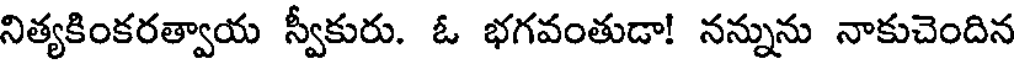
నిత్యకింకరత్వాయ స్వీకురు. ఓ భగవంతుడా! నన్నును నాకుచెందిన